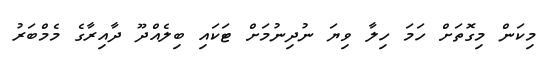
މިކަން މިގޮތަށް ހަމަ ހިލާ ވިޔަ ނުދިނުމަށް ޓަކައި ބިލެއްދޫ ދާއިރާގެ މެމްބަރު